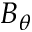
B _ { \theta }